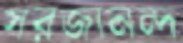
সরজানন্দ